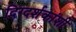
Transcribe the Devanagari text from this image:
दिग्दर्शकांशी